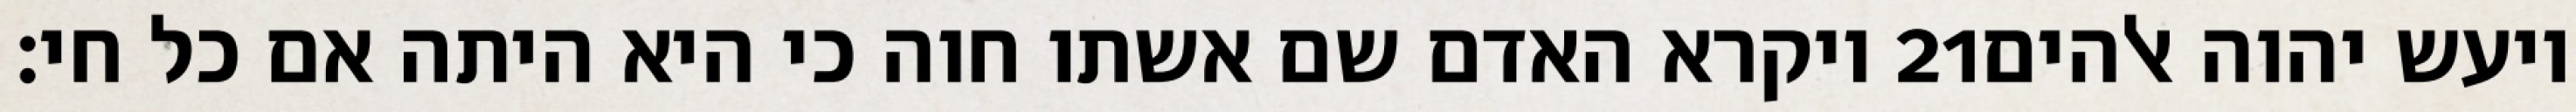
ויקרא האדם שם אשתו חוה כי היא היתה אם כל חי׃ ‎21‏ ויעש יהוה אלהים